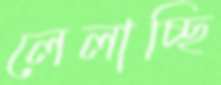
লেলাচ্ছি